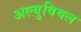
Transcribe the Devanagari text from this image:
अल्युवियल